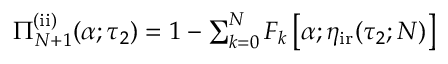
\begin{array} { r } { \Pi _ { N + 1 } ^ { \mathrm { ( i i ) } } ( \alpha ; \tau _ { 2 } ) = 1 - \sum _ { k = 0 } ^ { N } F _ { k } \left[ \alpha ; \eta _ { \mathrm { i r } } ( \tau _ { 2 } ; N ) \right] } \end{array}